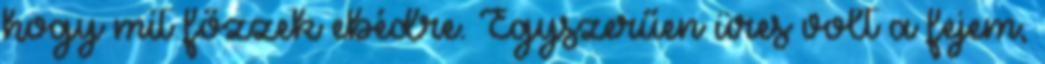
hogy mit főzzek ebédre. Egyszerűen üres volt a fejem,